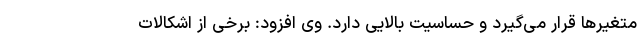
متغیرها قرار می‌گیرد و حساسیت بالایی دارد. وی افزود: برخی از اشکالات